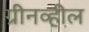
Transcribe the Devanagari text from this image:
ग्रीनव्हील